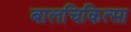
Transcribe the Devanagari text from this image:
बालचिकित्सा